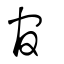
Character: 官